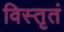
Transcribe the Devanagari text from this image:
विस्तृतं